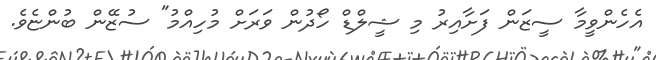
އެހެންވީމާ ސީޒަން ފަށާއިރު މި ޝީލްޑް ހޯދުން ވަރަށް މުހިއްމު" ސުޒޭން ބުންޏެވެ.